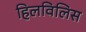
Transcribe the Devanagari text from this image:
हिलविलिस